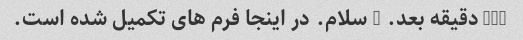
(10 دقیقه بعد. ) سلام. در اینجا فرم های تکمیل شده است.